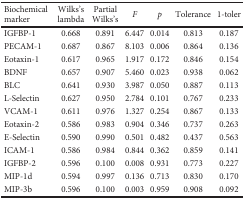
<table><thead><tr><td><b>Biochemical marker</b></td><td><b>Wilks&#x27;s lambda</b></td><td><b>Partial Wilks&#x27;s</b></td><td><b><i>F</i></b></td><td><b><i>p</i></b></td><td><b>Tolerance</b></td><td><b>1-toler</b></td></tr></thead><tbody><tr><td>IGFBP-1</td><td>0.668</td><td>0.891</td><td>6.447</td><td>0.014</td><td>0.813</td><td>0.187</td></tr><tr><td>PECAM-1</td><td>0.687</td><td>0.867</td><td>8.103</td><td>0.006</td><td>0.864</td><td>0.136</td></tr><tr><td>Eotaxin-1</td><td>0.617</td><td>0.965</td><td>1.917</td><td>0.172</td><td>0.846</td><td>0.154</td></tr><tr><td>BDNF</td><td>0.657</td><td>0.907</td><td>5.460</td><td>0.023</td><td>0.938</td><td>0.062</td></tr><tr><td>BLC</td><td>0.641</td><td>0.930</td><td>3.987</td><td>0.050</td><td>0.887</td><td>0.113</td></tr><tr><td>L-Selectin</td><td>0.627</td><td>0.950</td><td>2.784</td><td>0.101</td><td>0.767</td><td>0.233</td></tr><tr><td>VCAM-1</td><td>0.611</td><td>0.976</td><td>1.327</td><td>0.254</td><td>0.867</td><td>0.133</td></tr><tr><td>Eotaxin-2</td><td>0.586</td><td>0.983</td><td>0.904</td><td>0.346</td><td>0.737</td><td>0.263</td></tr><tr><td>E-Selectin</td><td>0.590</td><td>0.990</td><td>0.501</td><td>0.482</td><td>0.437</td><td>0.563</td></tr><tr><td>ICAM-1</td><td>0.586</td><td>0.984</td><td>0.844</td><td>0.362</td><td>0.859</td><td>0.141</td></tr><tr><td>IGFBP-2</td><td>0.596</td><td>0.100</td><td>0.008</td><td>0.931</td><td>0.773</td><td>0.227</td></tr><tr><td>MIP-1d</td><td>0.594</td><td>0.997</td><td>0.136</td><td>0.713</td><td>0.830</td><td>0.170</td></tr><tr><td>MIP-3b</td><td>0.596</td><td>0.100</td><td>0.003</td><td>0.959</td><td>0.908</td><td>0.092</td></tr></tbody></table>